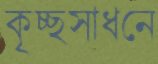
কৃচ্ছসাধনে